Report of an investigation into the causes of the diseases known in Assam as Kála-Azár and Beri-Beri
Disease focus: Beri-Beri
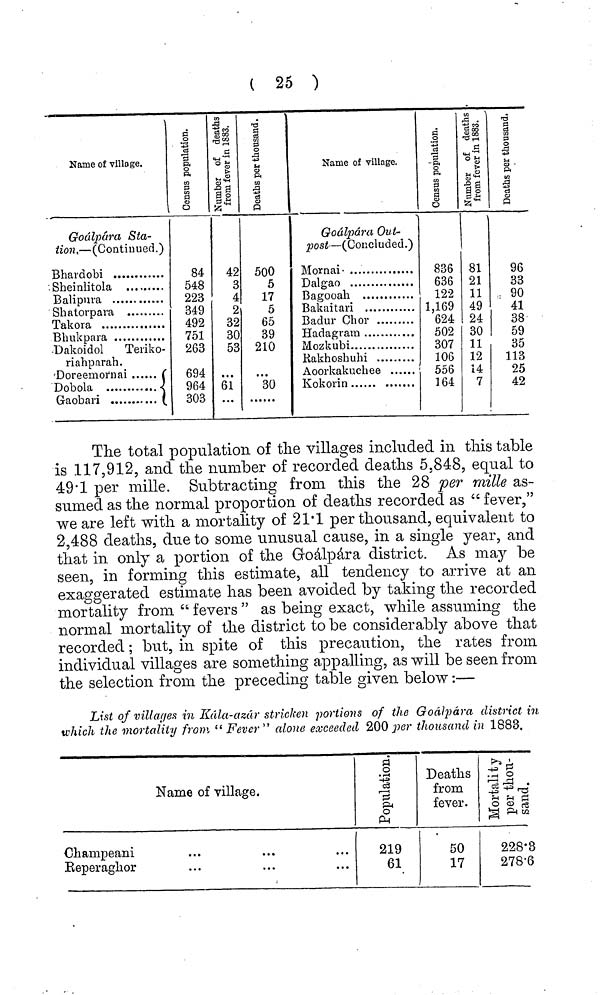
( 25 )
Name of village.
Goálpára Sta-
tion, — (Continued.)
Bhardobi
Sheinlitola
Balipura
Shatorpara
Takora
Bhukpara
Dakoidol
Teriko-
riahparah.
DoreeiTi ornai .
..
Dobola
Gaobari
84
548
223
349
499
751
263
694
964
303
42
3
4
2
32
30
53
61
...
500
5
17
5
65
39
210
30
Name of village.
Goalpara, Out-
post — (Concluded.)
Mornai-
Dalgao
Bagooah
Bakaitari
Badur Chor
Hadagram
Mozkubi
Kakhoshuhi ,
Àoorkakuchee
Kokorin
836
636
122
1,169
624
502
307
106
556
164
81
21
11
49
24
30
11
12
14
7
96
33
90
41
38
59
35
113
25
42
The total population of the villages included in this table
is 117,912, and the number of recorded deaths 5,848, equal to
49·1 per mille. Subtracting from this the 28 per mille as-
sumed as the normal proportion of deaths recorded as " fever,"
we are left with a mortality of 21·1 per thousand, equivalent to
2,488 deaths, due to some unusual cause, in a single year, and
that in only a portion of the Goálpára district. As may be
seen, in forming this estimate, all tendency to arrive at an
exaggerated estimate has been avoided by taking the recorded
mortality from " fevers " as being exact, while assuming the
normal mortality of the district to be considerably above that
recorded ; but, in spite of this precaution, the rates from
individual villages are something appalling, as will be seen from
the selection from the preceding table given below :—
List of villages in Kála-azár stricken portions of the Goalpara district in
which the mortality from "Fever"'' alone exceeded 200 per thousand in 1883.
Name of village.
Chainpeani
Keperaghor
219
61
Deaths
from
fever.
50
17
228·3
278·6